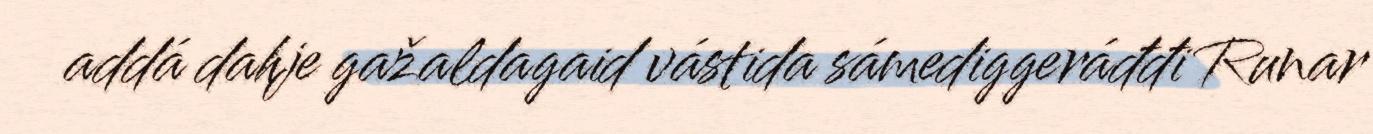
addá dahje gažaldagaid vástida sámediggeráđđi Runar